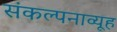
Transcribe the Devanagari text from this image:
संकल्पनाव्यूह